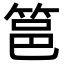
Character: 䇼